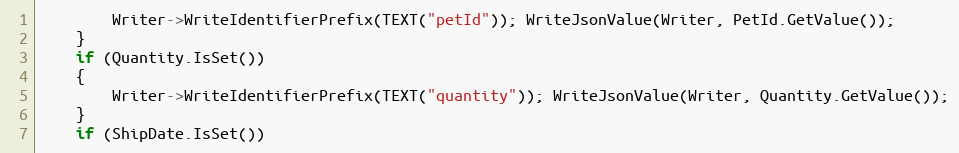
Language: C++
		Writer->WriteIdentifierPrefix(TEXT("petId")); WriteJsonValue(Writer, PetId.GetValue());
	}
	if (Quantity.IsSet())
	{
		Writer->WriteIdentifierPrefix(TEXT("quantity")); WriteJsonValue(Writer, Quantity.GetValue());
	}
	if (ShipDate.IsSet())